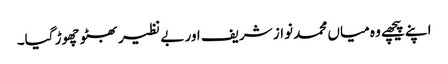
اپنے پیچھے وہ میاں محمد نواز شریف اور بے نظیر بھٹو چھوڑ گیا۔